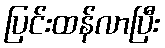
ပြင်းထန်လာပြီး